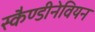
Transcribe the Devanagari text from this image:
स्कैण्डीनेवियन